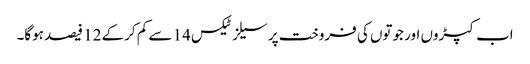
اب کپڑوں اور جوتوں کی فروخت پر سیلز ٹیکس 14 سے کم کرکے 12 فیصد ہوگا۔